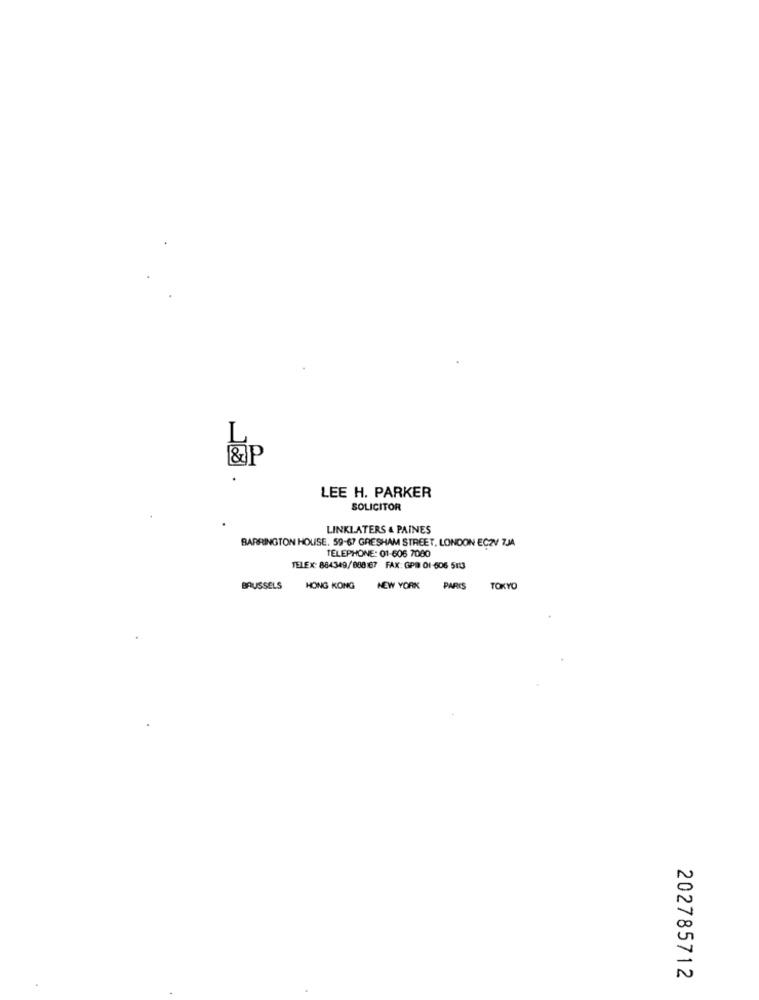
L
&P
LEE H. PARKER
SOLICITOR
LINKLATERS & PAINES
BARRINGTON HOUSE, 59-67 GRESHAM STREET, LONDON EC2V ZJA
TELEPHONE: 01-606 7080
TELEX: 884349/888167 FAX: GPR 01-606 513
BRUSSELS
HONG KONG
NEW YORK PARIS
TOKYO
202785712